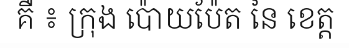
គឺ ៖ ក្រុង ប៉ោយប៉ែត នៃ ខេត្ត